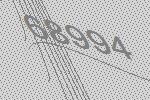
68994